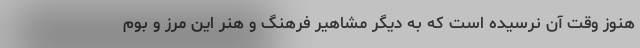
هنوز وقت آن نرسیده است که به دیگر مشاهیر فرهنگ و هنر این مرز و بوم